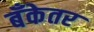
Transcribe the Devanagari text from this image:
बँकेतर